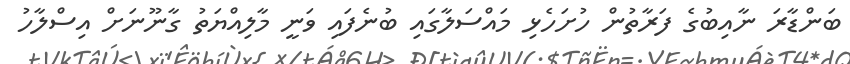
ބަންޑާރަ ނާއިބުގެ ފަރާތުން ހުށަހެޅި މައްސަލާގައި ބުނެފައި ވަނީ މާލިއްޔަތު ގާނޫނަށް އިސްލާހު